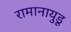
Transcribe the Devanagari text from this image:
रामानायुडू